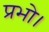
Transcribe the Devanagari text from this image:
प्रभो।